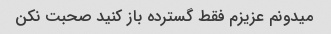
میدونم عزیزم فقط گسترده باز کنید صحبت نکن